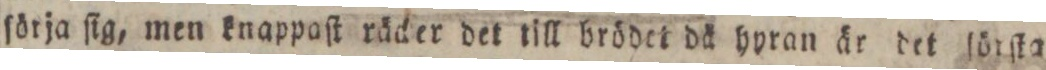
ſörja ſig, men knappaſt räcker det till brödet då hyran är det ſörſta